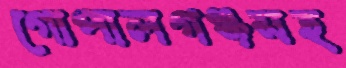
গোপালগঞ্জসহ